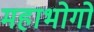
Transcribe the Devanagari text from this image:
महाभोगो